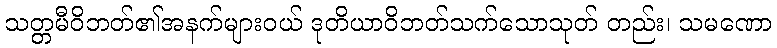
သတ္တမီဝိဘတ်၏အနက်များဝယ် ဒုတိယာဝိဘတ်သက်သောသုတ် တည်း၊ သမဏော